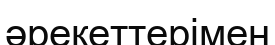
әрекеттерімен